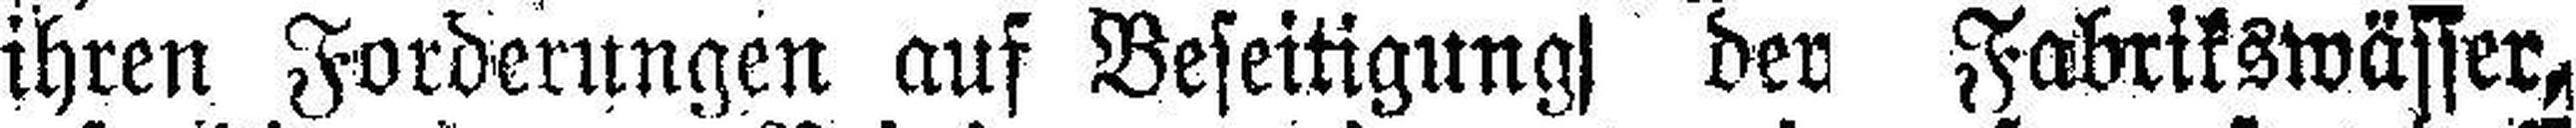
ihren Forderungen auf Beseitigung der Fabrikswässer,